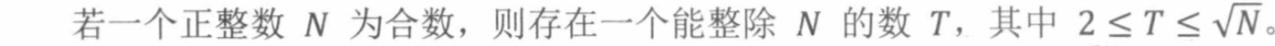
若一个正整数 $N$ 为合数，则存在一个能整除 $N$ 的数 $T$，其中 $2 \leq T \leq \sqrt{N}$。